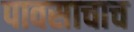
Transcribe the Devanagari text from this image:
पावसाचाच